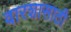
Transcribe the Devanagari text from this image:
वारशासाठी